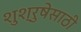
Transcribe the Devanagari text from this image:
शुश्रुषेसाठी